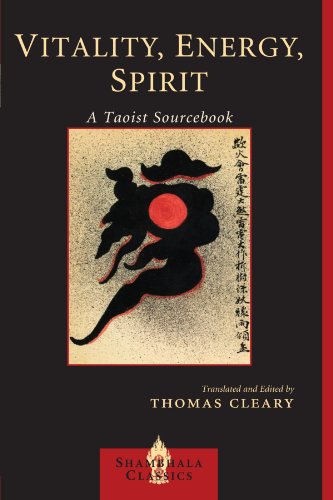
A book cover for Vitality, Energy, Spirit: A Taoist Sourcebook (Shambhala Classics); Religion & Spirituality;